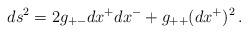
LaTeX: \begin{align*}ds^2=2g_{+-}dx^+dx^-+g_{++}(dx^+)^2\,.\end{align*}